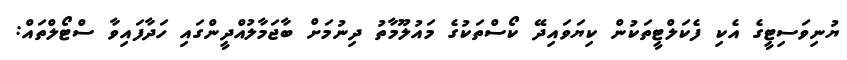
ޔުނިވަސިޓީގެ އެކި ފެކަލްޓީތަކުން ކިޔަވައިދޭ ކޯސްތަކުގެ މައުލޫމާތު ދިނުމަށް ބާޖަމާލުއްދީންގައި ހަދާފައިވާ ސްޓޯލްތައް: